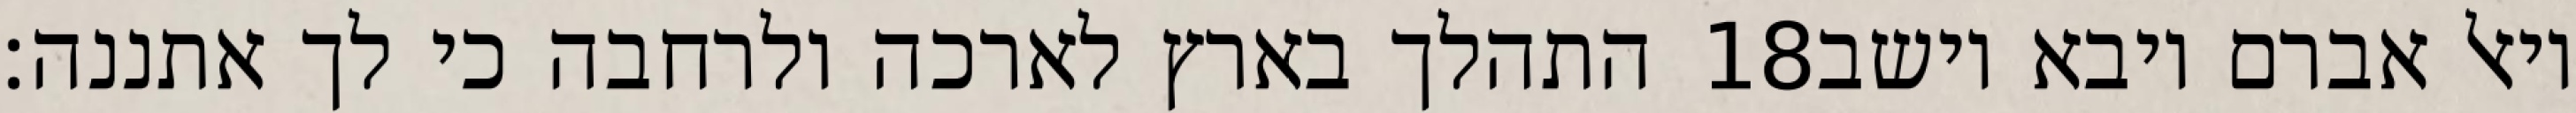
התהלך בארץ לארכה ולרחבה כי לך אתננה׃ ‎18‏ ויאל אברם ויבא וישב